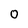
Character: 0